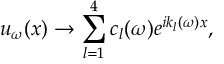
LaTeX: u _ { \omega } ( x ) \rightarrow \sum _ { l = 1 } ^ { 4 } c _ { l } ( \omega ) e ^ { i k _ { l } ( \omega ) x } ,